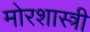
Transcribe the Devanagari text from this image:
मोरशास्त्री